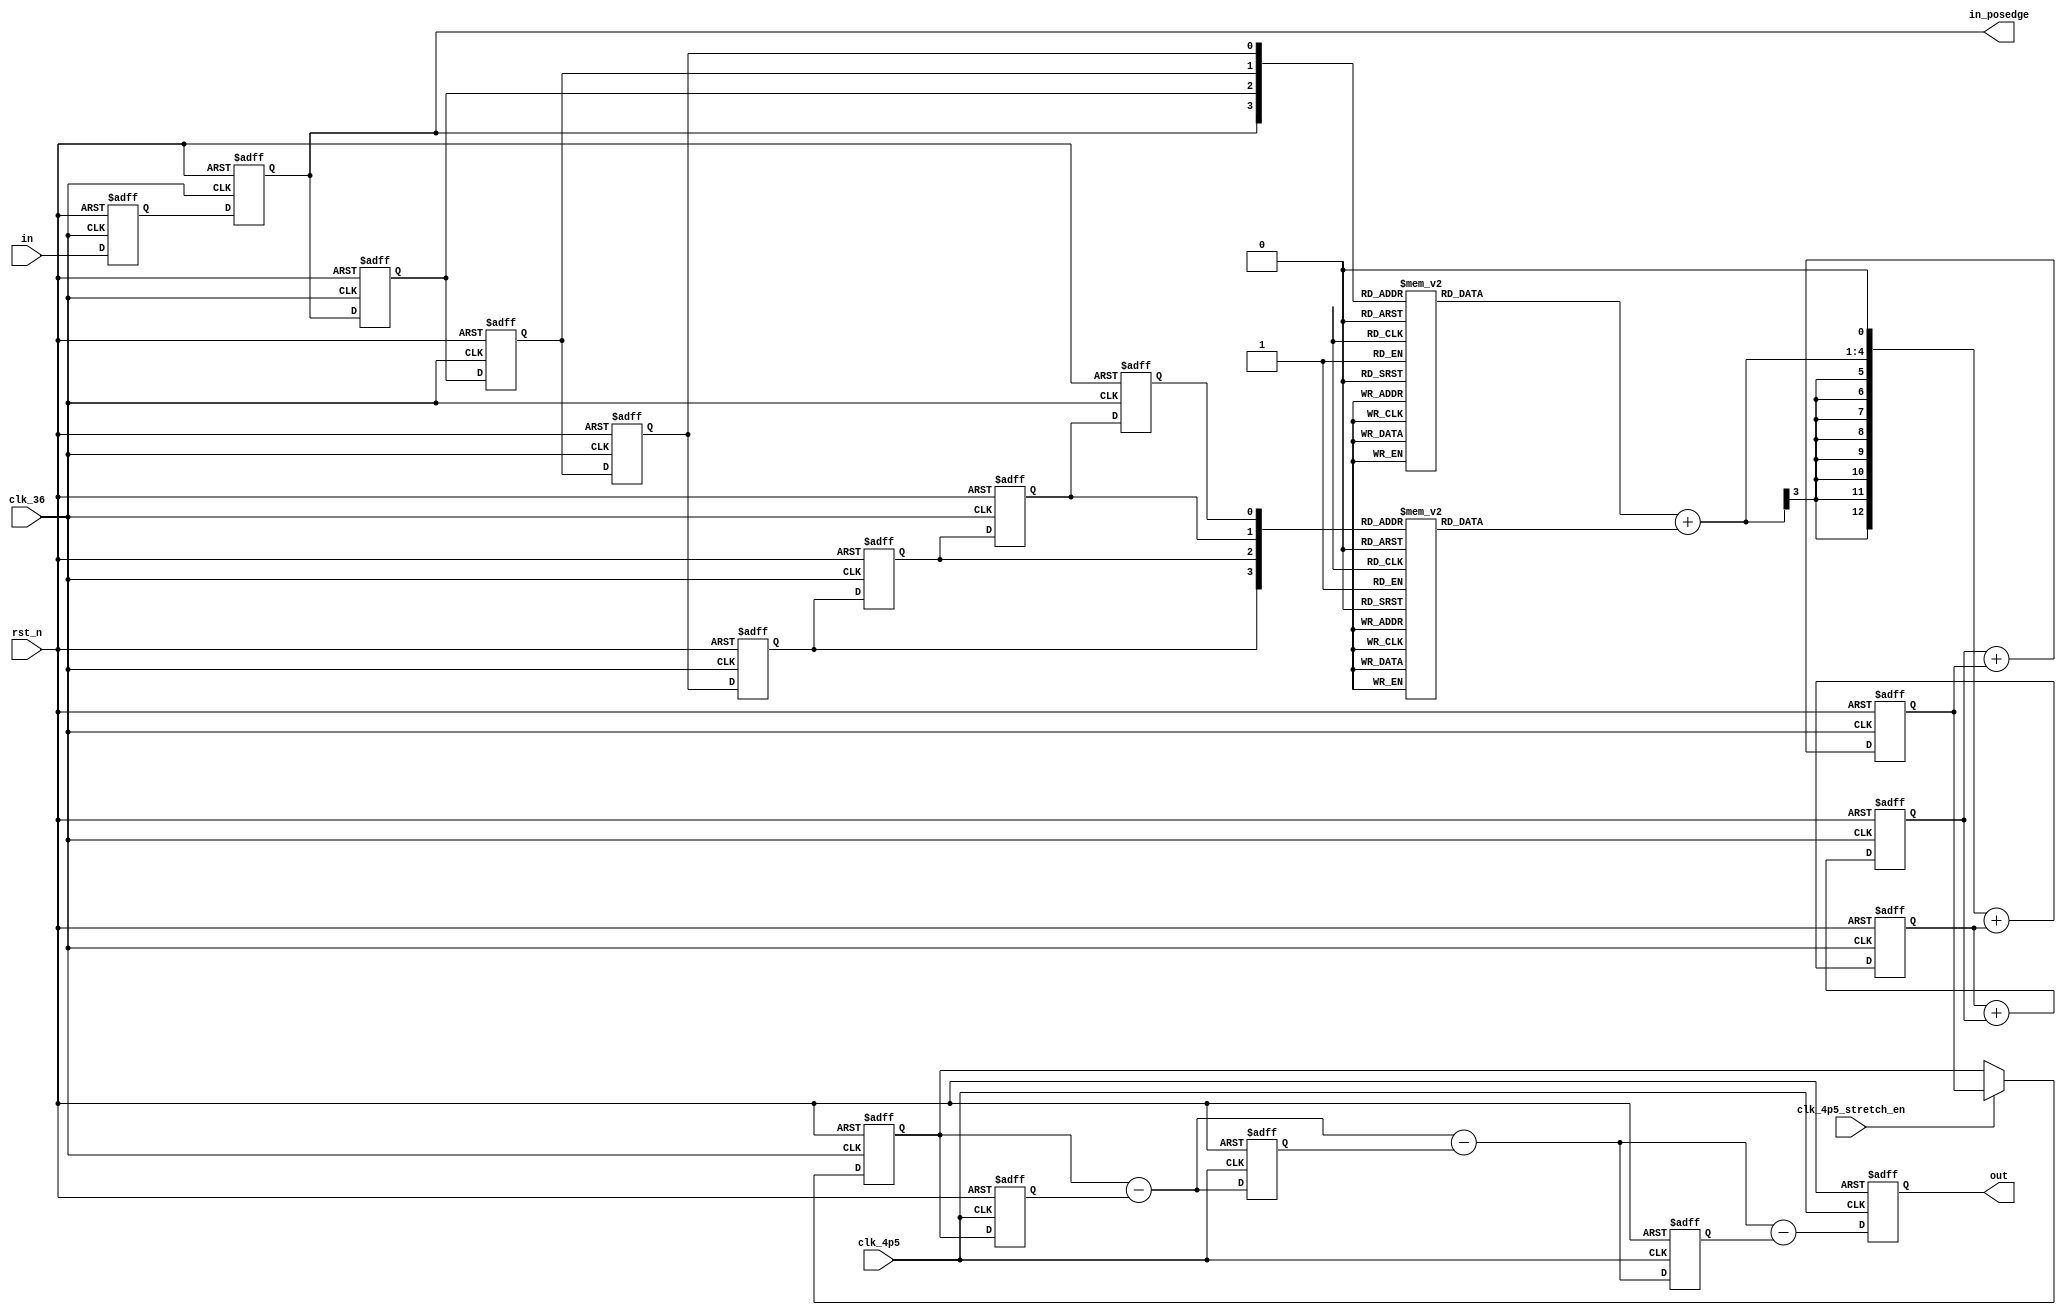
////////////////////////////////////////////////////////////////////////////////////
//                                                                                //
// Module: Main decimate-by-8 CIC for RFID digital back end                       //
//                                                                                //
//                                                                                //
// Copyright Superlative Semiconductor LLC 2021                                   //
// This source describes Open Hardware and is licensed under the CERN-OHL-P v2    //
// You may redistribute and modify this documentation and make products           //
// using it under the terms of the CERN-OHL-P v2 (https:/cern.ch/cern-ohl).       //
// This documentation is distributed WITHOUT ANY EXPRESS OR IMPLIED               //
// WARRANTY, INCLUDING OF MERCHANTABILITY, SATISFACTORY QUALITY                   //
// AND FITNESS FOR A PARTICULAR PURPOSE. Please see the CERN-OHL-P v2             //
// for applicable conditions.                                                     //
//                                                                                //
// Description: This is a simple decimate-by-8 CIC filter which                   //
// expands the 1-bit SDM input into a 13-bit decimated output.                    //
//                                                                                //
// Revisions:                                                                     //
//    011316                                                                      //
//    input needs to be flopped on negedge of clk_36 then posedge                 //
//                                                                                //
//    032816 - Swap one order of CIC with a literal boxcar filter.                //
//    This saves LUT b/c of first order nature of input. Only issue               //
//    is that it should be reset to 10101010 to avoid any wacky                   //
//    startup transient.                                                          //
//                                                                                //
//    The clk_4p5_stretch_en ensures that the                                     //
//    clock stretching works out so that (at least) regd0 is changed              //
//    at a fixed position relative to the rising edge of clk_4p5.                 //
//                                                                                //
////////////////////////////////////////////////////////////////////////////////////

module cic_8
    (
        // Inputs
        input     wire                       in,
        input     wire                       clk_4p5,
        input     wire                       clk_4p5_stretch_en,
        input     wire                       clk_36,
        input     wire                       rst_n,
        // Outputs
        output    reg    signed    [12:0]    out,
        output    reg                        in_posedge
    );
    
    // Register and wire declarations
    
    wire    signed    [3:0]     adder_out1;
    wire    signed    [12:0]    adder_out2;
    wire    signed    [12:0]    adder_out3;
    wire    signed    [12:0]    adder_out4;
    wire    signed    [12:0]    adder_out5;
    wire    signed    [12:0]    adder_out6;
    wire    signed    [12:0]    adder_out7;
    
    reg     signed    [3:0]     adder_out1a;
    reg     signed    [3:0]     adder_out1b;
    reg                         regi1a;
    reg                         regi1b;
    reg                         regi1c;
    reg                         regi1d;
    reg                         regi1e;
    reg                         regi1f;
    reg                         regi1g;
    reg    signed    [12:0]     regi2;
    reg    signed    [12:0]     regi3;
    reg    signed    [12:0]     regi4;
    
    reg    signed    [12:0]     regd0;
    reg    signed    [12:0]     regd1;
    reg    signed    [12:0]     regd2;
    reg    signed    [12:0]     regd3;
    
    reg                         in_negedge;
    
    // Combinational logic assignments
    
    assign    adder_out1    =    adder_out1a+adder_out1b;
    assign    adder_out2    =    {{8{adder_out1[3]}},adder_out1,1'b0}+regi2;
    assign    adder_out3    =    regi2+regi3;
    assign    adder_out4    =    regi3+regi4;
    assign    adder_out5    =    regd0-regd1;
    assign    adder_out6    =    adder_out5-regd2;
    assign    adder_out7    =    adder_out6-regd3;
    
    // Combinational logic block for the state machine
    // Implement a state machine for clock handover to ensure data at clock crossing boundary is stretched
    // This will ease timing requirements in the new clock domain
    
    
    always @(*)    begin
        case({in_posedge,regi1a,regi1b,regi1c})
            4'b0000:    begin    adder_out1a    =    -4'sd2;    end
            4'b0001:    begin    adder_out1a    =    -4'sd1;    end
            4'b0010:    begin    adder_out1a    =    -4'sd1;    end
            4'b0011:    begin    adder_out1a    =     4'sd0;    end
            4'b0100:    begin    adder_out1a    =    -4'sd1;    end
            4'b0101:    begin    adder_out1a    =     4'sd0;    end
            4'b0110:    begin    adder_out1a    =     4'sd0;    end
            4'b0111:    begin    adder_out1a    =     4'sd1;    end
            4'b1000:    begin    adder_out1a    =    -4'sd1;    end
            4'b1001:    begin    adder_out1a    =     4'sd0;    end
            4'b1010:    begin    adder_out1a    =     4'sd0;    end
            4'b1011:    begin    adder_out1a    =     4'sd1;    end
            4'b1100:    begin    adder_out1a    =     4'sd0;    end
            4'b1101:    begin    adder_out1a    =     4'sd1;    end
            4'b1110:    begin    adder_out1a    =     4'sd1;    end
            4'b1111:    begin    adder_out1a    =     4'sd2;    end
        endcase
    end
    
    always @(*)    begin
        case({regi1d,regi1e,regi1f,regi1g})
            4'b0000:    begin    adder_out1b    =    -4'sd2;    end
            4'b0001:    begin    adder_out1b    =    -4'sd1;    end
            4'b0010:    begin    adder_out1b    =    -4'sd1;    end
            4'b0011:    begin    adder_out1b    =     4'sd0;    end
            4'b0100:    begin    adder_out1b    =    -4'sd1;    end
            4'b0101:    begin    adder_out1b    =     4'sd0;    end
            4'b0110:    begin    adder_out1b    =     4'sd0;    end
            4'b0111:    begin    adder_out1b    =     4'sd1;    end
            4'b1000:    begin    adder_out1b    =    -4'sd1;    end
            4'b1001:    begin    adder_out1b    =     4'sd0;    end
            4'b1010:    begin    adder_out1b    =     4'sd0;    end
            4'b1011:    begin    adder_out1b    =     4'sd1;    end
            4'b1100:    begin    adder_out1b    =     4'sd0;    end
            4'b1101:    begin    adder_out1b    =     4'sd1;    end
            4'b1110:    begin    adder_out1b    =     4'sd1;    end
            4'b1111:    begin    adder_out1b    =     4'sd2;    end
        endcase
    end
    
    always @(posedge clk_36 or negedge rst_n)    begin
        if (!rst_n) begin
            in_posedge   <=    1'b0;
            regi1a       <=    1'b1;
            regi1b       <=    1'b0;
            regi1c       <=    1'b1;
            regi1d       <=    1'b0;
            regi1e       <=    1'b1;
            regi1f       <=    1'b0;
            regi1g       <=    1'b1;
            regi2        <=    13'b0;
            regi3        <=    13'b0;
            regi4        <=    13'b0;
            regd0        <=    13'b0;
        end    else    begin
            in_posedge   <=    in_negedge;
            regi1a       <=    in_posedge;
            regi1b       <=    regi1a;
            regi1c       <=    regi1b;
            regi1d       <=    regi1c;
            regi1e       <=    regi1d;
            regi1f       <=    regi1e;
            regi1g       <=    regi1f;
            regi2        <=    adder_out2;
            regi3        <=    adder_out3;
            regi4        <=    adder_out4;

        //Here is the transition between clk_36 and clk_4p5 domains.
        //We needed to use a signal synced with the clk_4p5 edge on the clk_36 domain.

            if(clk_4p5_stretch_en)
                regd0    <=    regi4;
        end
    end
    
    always @(negedge clk_36 or negedge rst_n) begin
        if(!rst_n)
            in_negedge    <=    1'b1;
        else
            in_negedge    <=    in;
    end
    
    always @(posedge clk_4p5 or negedge rst_n) begin
        if (!rst_n) begin
            regd1        <=    13'b0;
            regd2        <=    13'b0;
            regd3        <=    13'b0;
            out          <=    13'b0;
        end    else    begin
            regd1        <=    regd0;
            regd2        <=    adder_out5;
            regd3        <=    adder_out6;
            out          <=    adder_out7;
        end
    end
        
endmodule